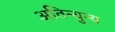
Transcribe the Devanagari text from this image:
अतिन्युन्य